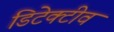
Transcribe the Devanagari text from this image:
डिटेक्टीव